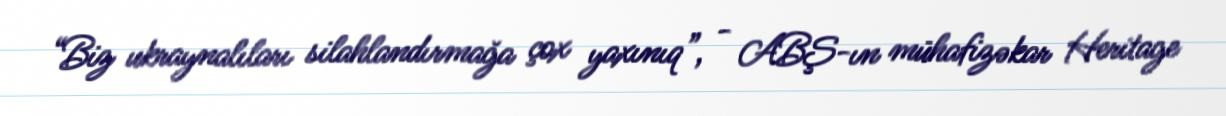
“Biz ukraynalıları silahlandırmağa çox yaxınıq”, - ABŞ-ın mühafizəkar Heritage